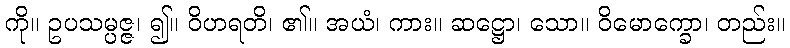
ကို။ ဥပသမ္ပဇ္ဇ၊ ၍။ ဝိဟရတိ၊ ၏။ အယံ၊ ကား။ ဆဋ္ဌော၊ သော။ ဝိမောက္ခော၊ တည်း။